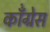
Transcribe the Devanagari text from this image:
कॉँंग्रेस